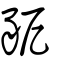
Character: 豟